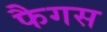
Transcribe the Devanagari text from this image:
फैगस